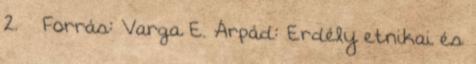
2. ↑ Forrás: Varga E. Árpád: Erdély etnikai és